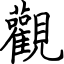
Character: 觀